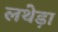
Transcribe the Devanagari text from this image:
लथेड़ा